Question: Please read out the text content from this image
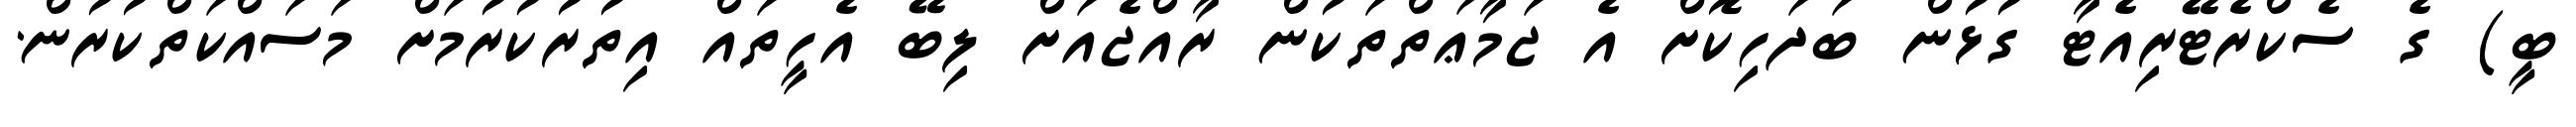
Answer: ބީ) ގެ ސެކްރެޓޭރިއެޓާ ގުޅުން ބަދަހިކޮށް އެ ޖަމާޢަތްތަކުން ރާއްޖެއަށް ލިބޭ އެހީތައް އިތުރުކުރުމަށް މަސައްކަތްކުރުން.